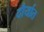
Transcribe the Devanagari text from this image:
दौर्यात